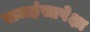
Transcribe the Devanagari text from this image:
राजहंसापेक्षा